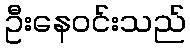
ဦးနေဝင်းသည်